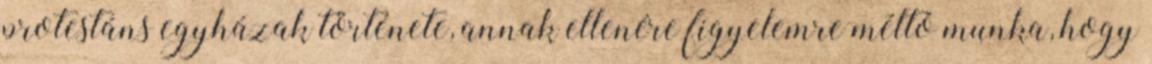
protestáns egyházak története, annak ellenére figyelemre méltó munka, hogy